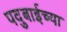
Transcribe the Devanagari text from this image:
पदुबाईच्या